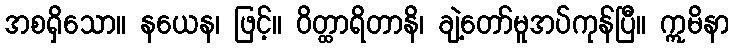
အစရှိသော။ နယေန၊ ဖြင့်။ ဝိတ္ထာရိတာနိ၊ ချဲ့တော်မူအပ်ကုန်ပြီ။ ဣမိနာ